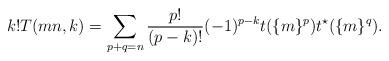
LaTeX: \begin{align*}k!T(mn,k)=\sum_{p+q=n}\frac{p!}{(p-k)!}(-1)^{p-k}t(\{m\}^p)t^{\star}(\{m\}^q).\end{align*}